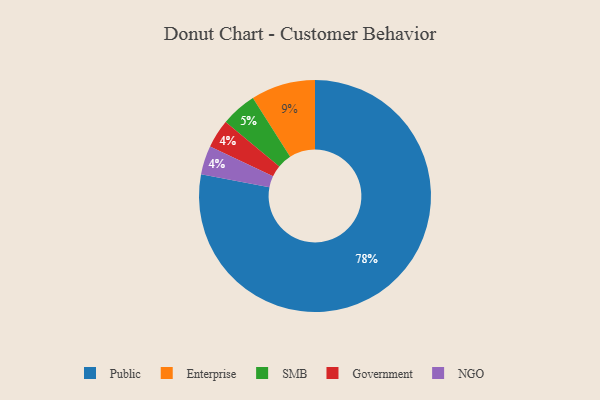
{"axis": {"x": "Category", "y": "Percentage"}, "legend": ["Enterprise", "Government", "NGO", "Public", "SMB"], "data": [{"x": "Government", "y": 4, "type": "Government"}, {"x": "Enterprise", "y": 9, "type": "Enterprise"}, {"x": "Public", "y": 78, "type": "Public"}, {"x": "SMB", "y": 5, "type": "SMB"}, {"x": "NGO", "y": 4, "type": "NGO"}]}